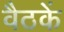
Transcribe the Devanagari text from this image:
वैठकें